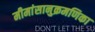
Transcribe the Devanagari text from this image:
मीमांसानुक्रमणिका